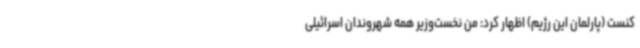
کنست (پارلمان این رژیم) اظهار کرد: من نخست‌وزیر همه شهروندان اسرائیلی